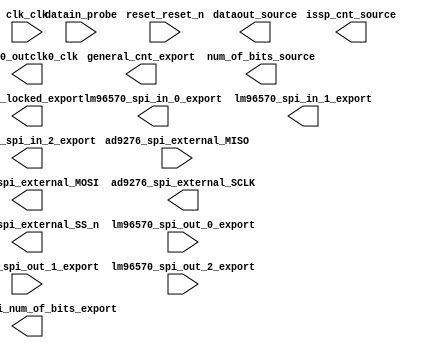

module system (
	ad9276_spi_external_MISO,
	ad9276_spi_external_MOSI,
	ad9276_spi_external_SCLK,
	ad9276_spi_external_SS_n,
	clk_clk,
	datain_probe,
	dataout_source,
	general_cnt_export,
	issp_cnt_source,
	lm96570_spi_in_0_export,
	lm96570_spi_in_1_export,
	lm96570_spi_in_2_export,
	lm96570_spi_num_of_bits_export,
	lm96570_spi_out_0_export,
	lm96570_spi_out_1_export,
	lm96570_spi_out_2_export,
	num_of_bits_source,
	pll_0_locked_export,
	pll_0_outclk0_clk,
	reset_reset_n);	

	input		ad9276_spi_external_MISO;
	output		ad9276_spi_external_MOSI;
	output		ad9276_spi_external_SCLK;
	output		ad9276_spi_external_SS_n;
	input		clk_clk;
	input	[69:0]	datain_probe;
	output	[69:0]	dataout_source;
	output	[31:0]	general_cnt_export;
	output	[9:0]	issp_cnt_source;
	output	[31:0]	lm96570_spi_in_0_export;
	output	[31:0]	lm96570_spi_in_1_export;
	output	[5:0]	lm96570_spi_in_2_export;
	output	[7:0]	lm96570_spi_num_of_bits_export;
	input	[31:0]	lm96570_spi_out_0_export;
	input	[31:0]	lm96570_spi_out_1_export;
	input	[5:0]	lm96570_spi_out_2_export;
	output	[7:0]	num_of_bits_source;
	output		pll_0_locked_export;
	output		pll_0_outclk0_clk;
	input		reset_reset_n;
endmodule